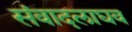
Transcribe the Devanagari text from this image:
संवादलाघव